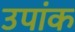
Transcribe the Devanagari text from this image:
उपांक